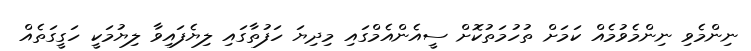
ނިންމެވި ނިންމެވުމެއް ކަމަށް ތުހުމަތުކޮށް ސީއެންއެމްގައި މިދިޔަ ހަފުތާގައި ލިޔެފައިވާ ލިޔުމަކީ ހަގީގަތެއް